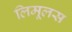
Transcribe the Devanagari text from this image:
लिमूलस